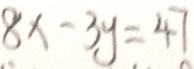
8 x - 3 y = 4 7